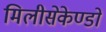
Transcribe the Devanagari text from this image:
मिलीसेकेण्डों